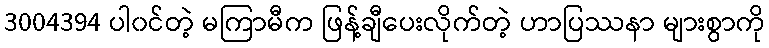
3004394 ပါ၀င်တဲ့ မကြာမီက ဖြန့်ချီပေးလိုက်တဲ့ ဟာပြဿနာ များစွာကို